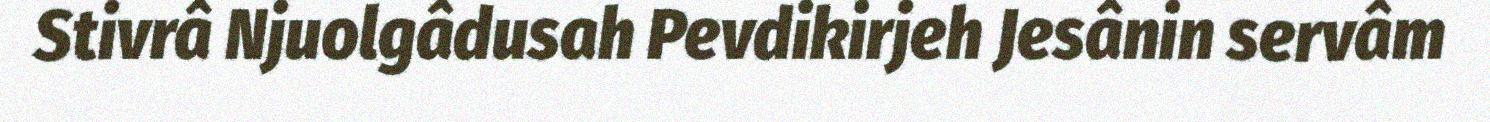
Stivrâ Njuolgâdusah Pevdikirjeh Jesânin servâm